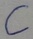
Text: C